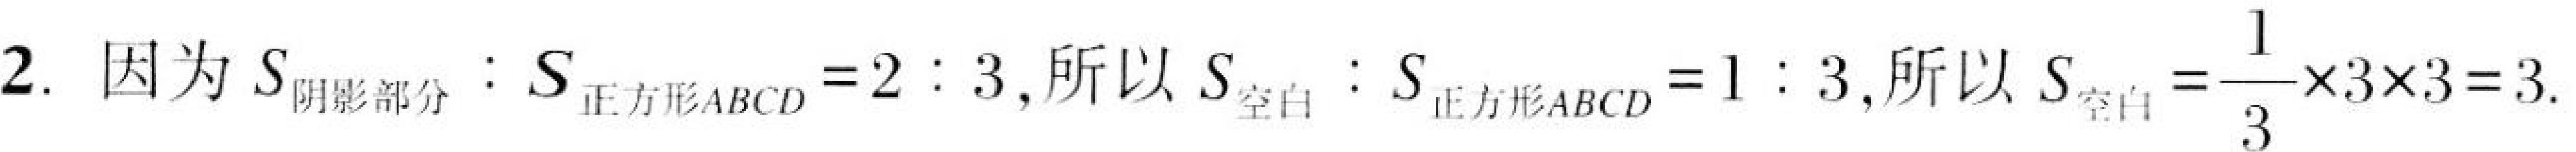
2. 因为 \(S_{阴影部分}:S_{正方形ABCD} = 2:3\), 所以 \(S_{空白}:S_{正方形ABCD}=1:3\), 所以 \(S_{空白}=\dfrac{1}{3}\times3\times3 = 3\).